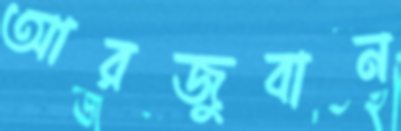
আরজুবান